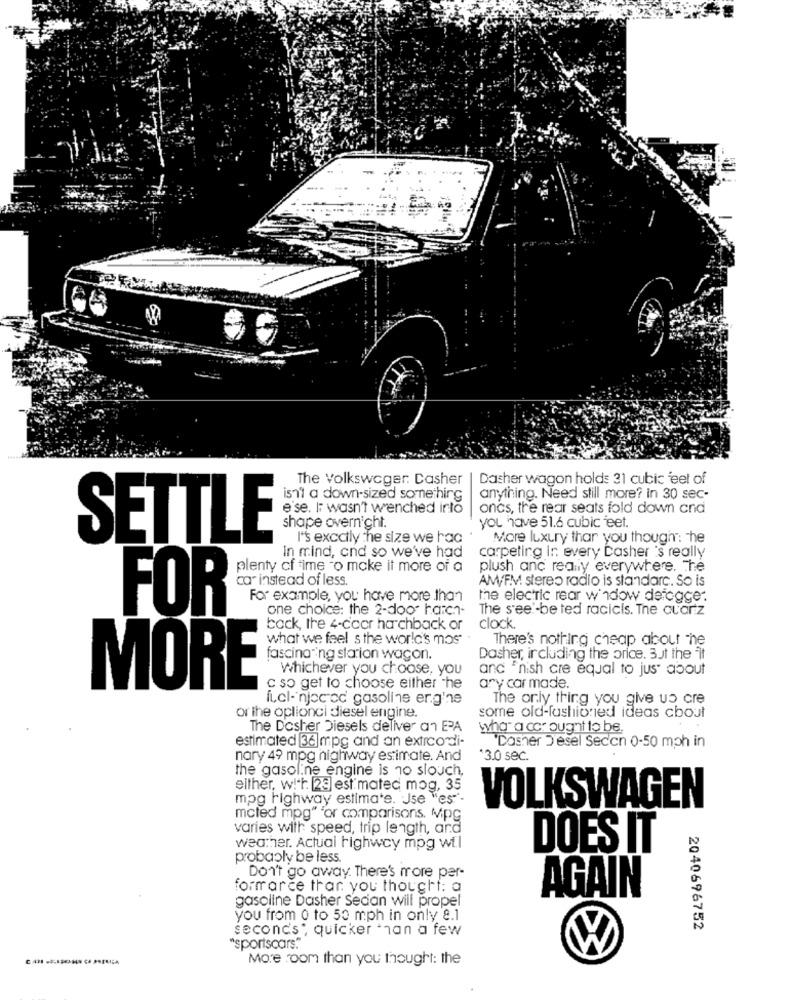
The Volkswager. Casher | Dasher wagon holds 31 cubic feet of
is1'1 a down-sized something
anything. Need still more? in 30 sec-
e'se. IT wasn't wrenched into
oncs, the rear seats fold down and
shape overnight.
you have 51.6 cubic feet.
SETTLE
I's exactly the size we hac
More luxury thar you though": "he
in mind, and so we've had
carpeting in every Dasher 's really
plenty cf time "o make it more of a
plush anc reany everywhere. The
car instead of less.
AM/FM stereo radio is standarc. So is
For example, you have more than
the electric rear window derogge.
FOR
one choice: the 2-door harch-
The see !- be ted racicls. The quartz
bock, the 4-ccor hatchback or
clock.
what we feel s the world's mos
There's nothing cheap about -he
fascinating station wagon.
Dasher, including the price. 3ut the it
Whichever you choose, you
and "nish cre equal to jus" about
MORE
c so get to choose either The
ary car made.
fuel-'njoc cc gasoline ergine
The only thing you give us cre
or the oplionci diesel engine.
some old-fashioned ideas chout
The Dosher Diesels deliver an EPA
whata cor ought to be.
estimated 36]mpg and an extraordi-
Dasher Desel Secon 0-50 mph in
nary 49 mpg highway estimate. And
3.0 sec.
the gasoline engine is no slouch,
either, w!'h [23] est mated mog, 35
mpg highway estimate. Use "es'-
VOLKSWAGEN
mcted mpg" For comparisons. MPG
varies with speed, trip length, and
weather. Actual highway mpg wtl
DOES IT
probably be less.
.Don't go away. There's more per-
formarce thar you thought: a
gasoline Dasher Sedan will propel
AGAIN
you from 0 to 50 mph in only 8.1
second's', quicker than a few
2040696752
"sportscars."
More room than you thought: the